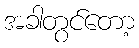
အခါတွင်တော့